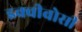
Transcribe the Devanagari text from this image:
इक्वीवोसी